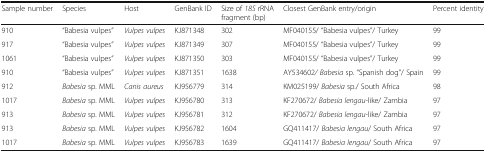
<table><thead><tr><td><b>Sample number</b></td><td><b>Species</b></td><td><b>Host</b></td><td><b>GenBank ID</b></td><td><b>Size of <i>18S</i> rRNA fragment (bp)</b></td><td><b>Closest GenBank entry/origin</b></td><td><b>Percent identity</b></td></tr></thead><tbody><tr><td>910</td><td>“Babesia vulpes”</td><td><i>Vulpes vulpes</i></td><td>KJ871348</td><td>302</td><td>MF040155/ “Babesia vulpes”/ Turkey</td><td>99</td></tr><tr><td>917</td><td>“Babesia vulpes”</td><td><i>Vulpes vulpes</i></td><td>KJ871349</td><td>307</td><td>MF040155/ “Babesia vulpes”/ Turkey</td><td>99</td></tr><tr><td>1061</td><td>“Babesia vulpes”</td><td><i>Vulpes vulpes</i></td><td>KJ871350</td><td>303</td><td>MF040155/ “Babesia vulpes”/ Turkey</td><td>99</td></tr><tr><td>910</td><td>“Babesia vulpes”</td><td><i>Vulpes vulpes</i></td><td>KJ871351</td><td>1638</td><td>AY534602<i>/ Babesia</i> sp. “Spanish dog”/ Spain</td><td>99</td></tr><tr><td>912</td><td><i>Babesia</i> sp. MML</td><td><i>Canis aureus</i></td><td>KJ956779</td><td>314</td><td>KM025199/ <i>Babesia</i> sp./ South Africa</td><td>98</td></tr><tr><td>1017</td><td><i>Babesia</i> sp. MML</td><td><i>Vulpes vulpes</i></td><td>KJ956780</td><td>313</td><td>KF270672/ <i>Babesia lengau</i>-like/ Zambia</td><td>97</td></tr><tr><td>913</td><td><i>Babesia</i> sp. MML</td><td><i>Vulpes vulpes</i></td><td>KJ956781</td><td>312</td><td>KF270672/ <i>Babesia lengau</i>-like/ Zambia</td><td>97</td></tr><tr><td>913</td><td><i>Babesia</i> sp. MML</td><td><i>Vulpes vulpes</i></td><td>KJ956782</td><td>1604</td><td>GQ411417/ <i>Babesia lengau</i>/ South Africa</td><td>97</td></tr><tr><td>1017</td><td><i>Babesia</i> sp. MML</td><td><i>Vulpes vulpes</i></td><td>KJ956783</td><td>1639</td><td>GQ411417/ <i>Babesia lengau</i>/ South Africa</td><td>97</td></tr></tbody></table>